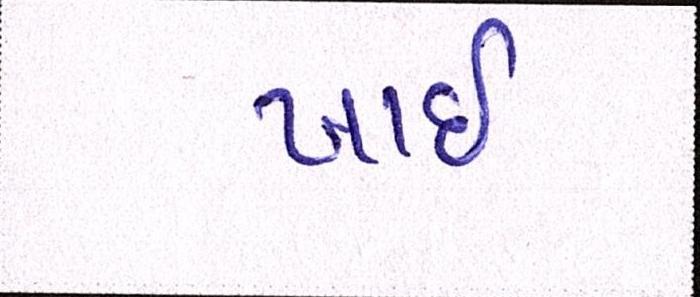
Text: ખાઈ